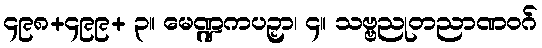
၄၉၈+၄၉၉+ ၃။ မေဏ္ဍကပဉှာ၊ ၄။ သဗ္ဗညုတညာဏဝဂ်